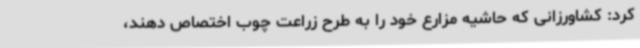
کرد: کشاورزانی که حاشیه مزارع خود را به طرح زراعت چوب اختصاص دهند،